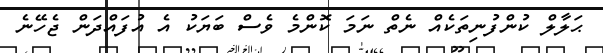
ޙަލާލް ކުންފުނިތަކެއް ނެތް ނަމަ ކޮންމެ ވެސް ބަޔަކު އެ އުފައްދަން ޖެހޭނެ